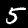
Digit: 5